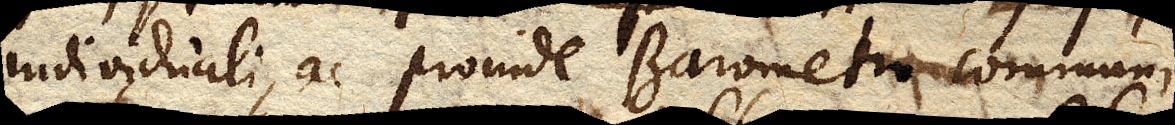
individuali, ac proinde Barometro communi